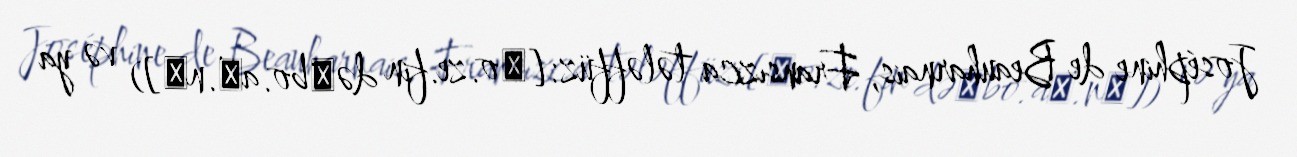
Joséphine de Beauharnais, Fransızca tələffüz: [ʒo.ze.fin də‿bo.aʁ.nɛ]) və ya